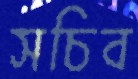
সচিব